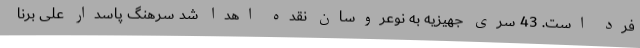
فرد است. 43 سری جهیزیه به نوعروسان نقده اهدا شد سرهنگ پاسدار علی برنا